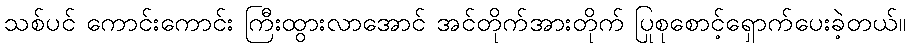
သစ်ပင် ကောင်းကောင်း ကြီးထွားလာအောင် အင်တိုက်အားတိုက် ပြုစုစောင့်ရှောက်ပေးခဲ့တယ်။